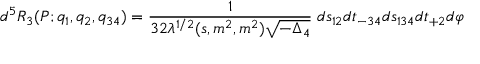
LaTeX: d ^ { 5 } R _ { 3 } ( P ; q _ { 1 } , q _ { 2 } , q _ { 3 4 } ) = { \frac { 1 } { 3 2 \lambda ^ { 1 / 2 } ( s , m ^ { 2 } , m ^ { 2 } ) \sqrt { - \Delta _ { 4 } } } } \; d s _ { 1 2 } d t _ { - 3 4 } d s _ { 1 3 4 } d t _ { + 2 } d \varphi